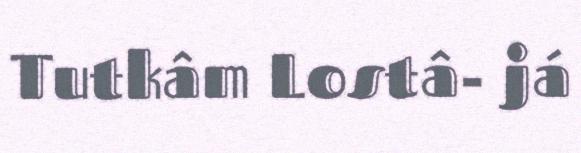
Tutkâm Lostâ- já